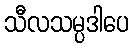
သီလသမ္ပဒါပေ